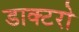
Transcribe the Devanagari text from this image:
डाक्टरो